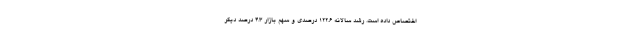
اختصاص داده است. رشد سالانه 122.6 درصدی و سهم بازار 4.3 درصد دیگر